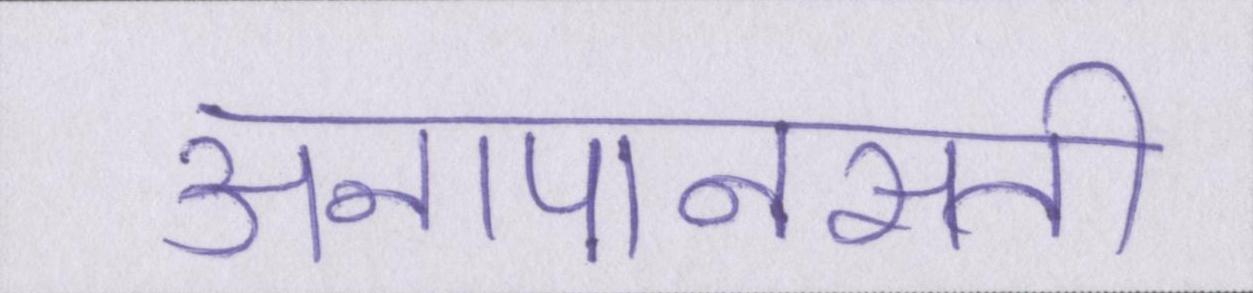
अनापानसती